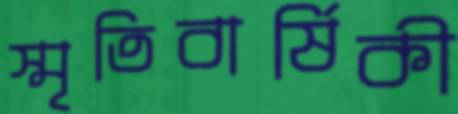
স্মৃতিবার্ষিকী